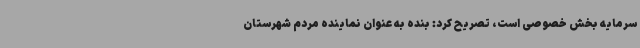
سرمایه بخش خصوصی است، تصریح کرد: بنده به عنوان نماینده مردم شهرستان